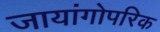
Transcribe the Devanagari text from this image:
जायांगोपरिक